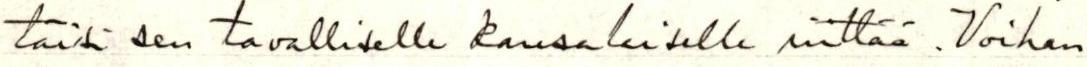
täisi sen tavalliselle kansalaiselle riittää. Voihan